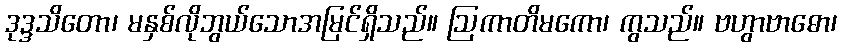
ဒုဒ္ဒသိတော၊ မနှစ်လိုဘွယ်သောအမြင်ရှိသည်။ ဩကာတိမကော၊ ကွသည်။ ဗဟွာဗာဓော၊